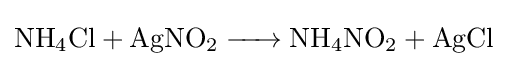
{\ce {NH4Cl + AgNO2 -> NH4NO2 + AgCl}}